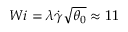
W i = \lambda \Dot { \gamma } \sqrt { \theta _ { 0 } } \approx 1 1